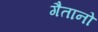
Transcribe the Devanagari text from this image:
गैतानो